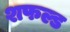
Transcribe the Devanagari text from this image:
शफल्ड